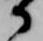
か